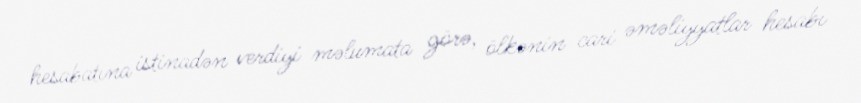
hesabatına istinadən verdiyi məlumata görə, ölkənin cari əməliyyatlar hesabı